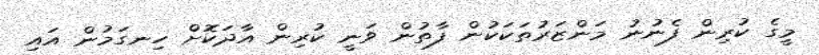
މީގެ ކުރިން ފެނުނު މަންޒަރުތަކަކުން ފާތުން ވަނީ ކުރިން އާދަކޮށް ހިނގަމުން އައި